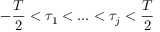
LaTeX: - { \frac { T } { 2 } } < \tau _ { 1 } < . . . < \tau _ { j } < { \frac { T } { 2 } }